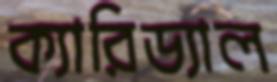
ক্যারিড্যাল